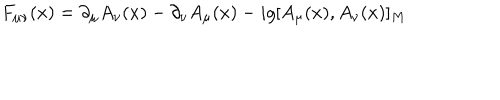
F _ { \mu \nu } ( x ) = \partial _ { \mu } A _ { \nu } ( x ) - \partial _ { \nu } A _ { \mu } ( x ) - i g [ A _ { \mu } ( x ) , A _ { \nu } ( x ) ] _ { M }